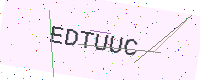
Text: EDTUUC